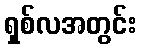
ရှစ်လအတွင်း